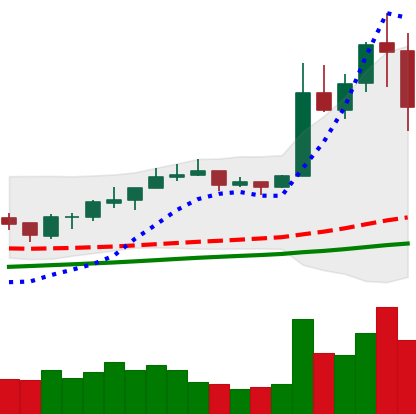
Ticker: NEO-USD
Chart end date: 2019-06-27
Forward return: 5.598%
Label: up_5_7